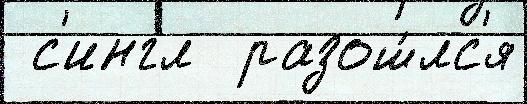
 с'ингл  разош́лс'я